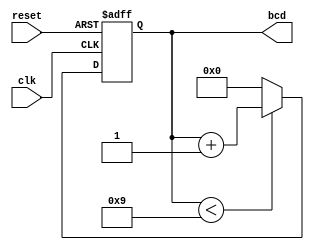
module bcd_counter (
    input wire clk,        // Clock signal
    input wire reset,      // Reset signal
    output reg [3:0] bcd   // Output representing BCD value
);

// Always block triggered on clock edge
always @(posedge clk or posedge reset) begin
    if (reset) begin
        // If reset is active, set BCD to 0
        bcd <= 4'b0000;
    end else begin
        // Increment the counter if it is less than 9
        if (bcd < 4'b1001) begin
            bcd <= bcd + 1;
        end else begin
            // If BCD is 9, reset to 0 on the next clock cycle
            bcd <= 4'b0000;
        end
    end
end

endmodule